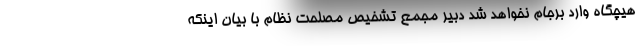
هیچگاه وارد برجام نخواهد شد دبیر مجمع تشخیص مصلحت نظام با بیان اینکه